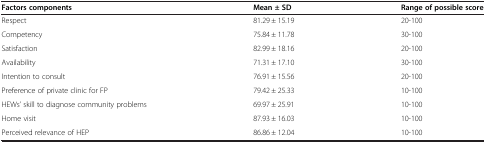
| Factors components | Mean ± SD | Range of possible score |
 | --- | --- | --- |
 | Respect | 81.29 ± 15.19 | 20-100 |
 | Competency | 75.84 ± 11.78 | 30-100 |
 | Satisfaction | 82.99 ± 18.16 | 20-100 |
 | Availability | 71.31 ± 17.10 | 30-100 |
 | Intention to consult | 76.91 ± 15.56 | 20-100 |
 | Preference of private clinic for FP | 79.42 ± 25.33 | 10-100 |
 | HEWs’ skill to diagnose community problems | 69.97 ± 25.91 | 10-100 |
 | Home visit | 87.93 ± 16.03 | 10-100 |
 | Perceived relevance of HEP | 86.86 ± 12.04 | 10-100 |